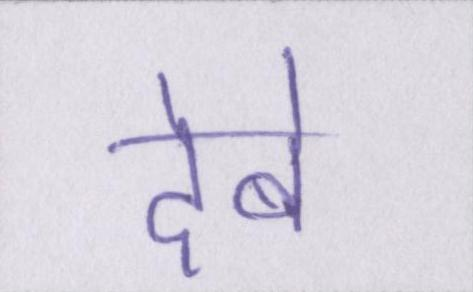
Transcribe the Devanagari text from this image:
देबे